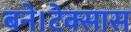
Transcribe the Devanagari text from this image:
बने।टेक्सास